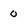
Character: 0